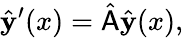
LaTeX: \hat{\mathbf{y}}^{\prime}(x)=\hat{\mathsf{A}}\hat{\mathbf{y}}(x),